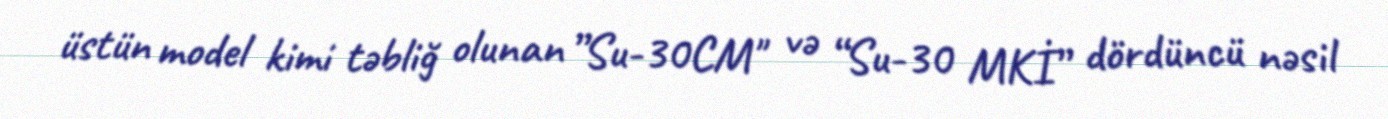
üstün model kimi təbliğ olunan ”Su-30CM" və “Su-30 MKİ” dördüncü nəsil